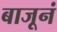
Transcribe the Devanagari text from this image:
बाजूनं